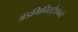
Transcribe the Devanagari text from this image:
ॲडमिनिस्ट्रेशनने